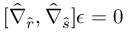
[ \hat { \nabla } _ { \hat { r } } , \hat { \nabla } _ { \hat { s } } ] \epsilon = 0